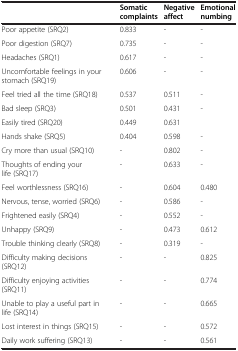
<table><thead><tr><td><b> </b></td><td><b>Somatic complaints</b></td><td><b>Negative affect</b></td><td><b>Emotional numbing</b></td></tr></thead><tbody><tr><td>Poor appetite (SRQ2)</td><td>0.833</td><td>-</td><td>-</td></tr><tr><td>Poor digestion (SRQ7)</td><td>0.735</td><td>-</td><td>-</td></tr><tr><td>Headaches (SRQ1)</td><td>0.617</td><td>-</td><td>-</td></tr><tr><td>Uncomfortable feelings in your stomach (SRQ19)</td><td>0.606</td><td>-</td><td>-</td></tr><tr><td>Feel tried all the time (SRQ18)</td><td>0.537</td><td>0.511</td><td>-</td></tr><tr><td>Bad sleep (SRQ3)</td><td>0.501</td><td>0.431</td><td>-</td></tr><tr><td>Easily tired (SRQ20)</td><td>0.449</td><td>0.631</td><td> </td></tr><tr><td>Hands shake (SRQ5)</td><td>0.404</td><td>0.598</td><td>-</td></tr><tr><td>Cry more than usual (SRQ10)</td><td>-</td><td>0.802</td><td>-</td></tr><tr><td>Thoughts of ending your life (SRQ17)</td><td>-</td><td>0.633</td><td>-</td></tr><tr><td>Feel worthlessness (SRQ16)</td><td>-</td><td>0.604</td><td>0.480</td></tr><tr><td>Nervous, tense, worried (SRQ6)</td><td>-</td><td>0.586</td><td>-</td></tr><tr><td>Frightened easily (SRQ4)</td><td>-</td><td>0.552</td><td>-</td></tr><tr><td>Unhappy (SRQ9)</td><td>-</td><td>0.473</td><td>0.612</td></tr><tr><td>Trouble thinking clearly (SRQ8)</td><td>-</td><td>0.319</td><td>-</td></tr><tr><td>Difficulty making decisions (SRQ12)</td><td>-</td><td>-</td><td>0.825</td></tr><tr><td>Difficulty enjoying activities (SRQ11)</td><td>-</td><td>-</td><td>0.774</td></tr><tr><td>Unable to play a useful part in life (SRQ14)</td><td>-</td><td>-</td><td>0.665</td></tr><tr><td>Lost interest in things (SRQ15)</td><td>-</td><td>-</td><td>0.572</td></tr><tr><td>Daily work suffering (SRQ13)</td><td>-</td><td>-</td><td>0.561</td></tr></tbody></table>